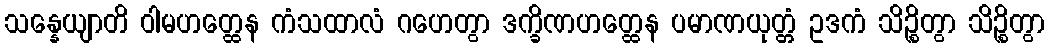
သန္နေယျာတိ ဝါမဟတ္ထေန ကံသထာလံ ဂဟေတွာ ဒက္ခိဏဟတ္ထေန ပမာဏယုတ္တံ ဥဒကံ သိဉ္စိတွာ သိဉ္စိတွာ